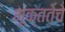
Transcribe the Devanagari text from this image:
भूक्ततेचे